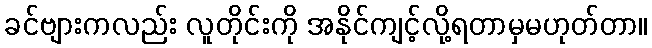
ခင်ဗျားကလည်း လူတိုင်းကို အနိုင်ကျင့်လို့ရတာမှမဟုတ်တာ။